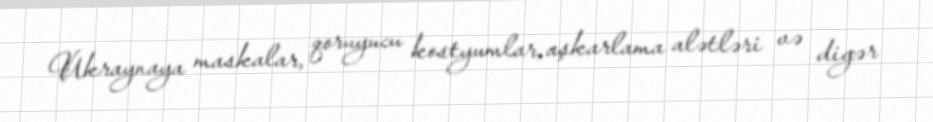
Ukraynaya maskalar, qoruyucu kostyumlar, aşkarlama alətləri və digər